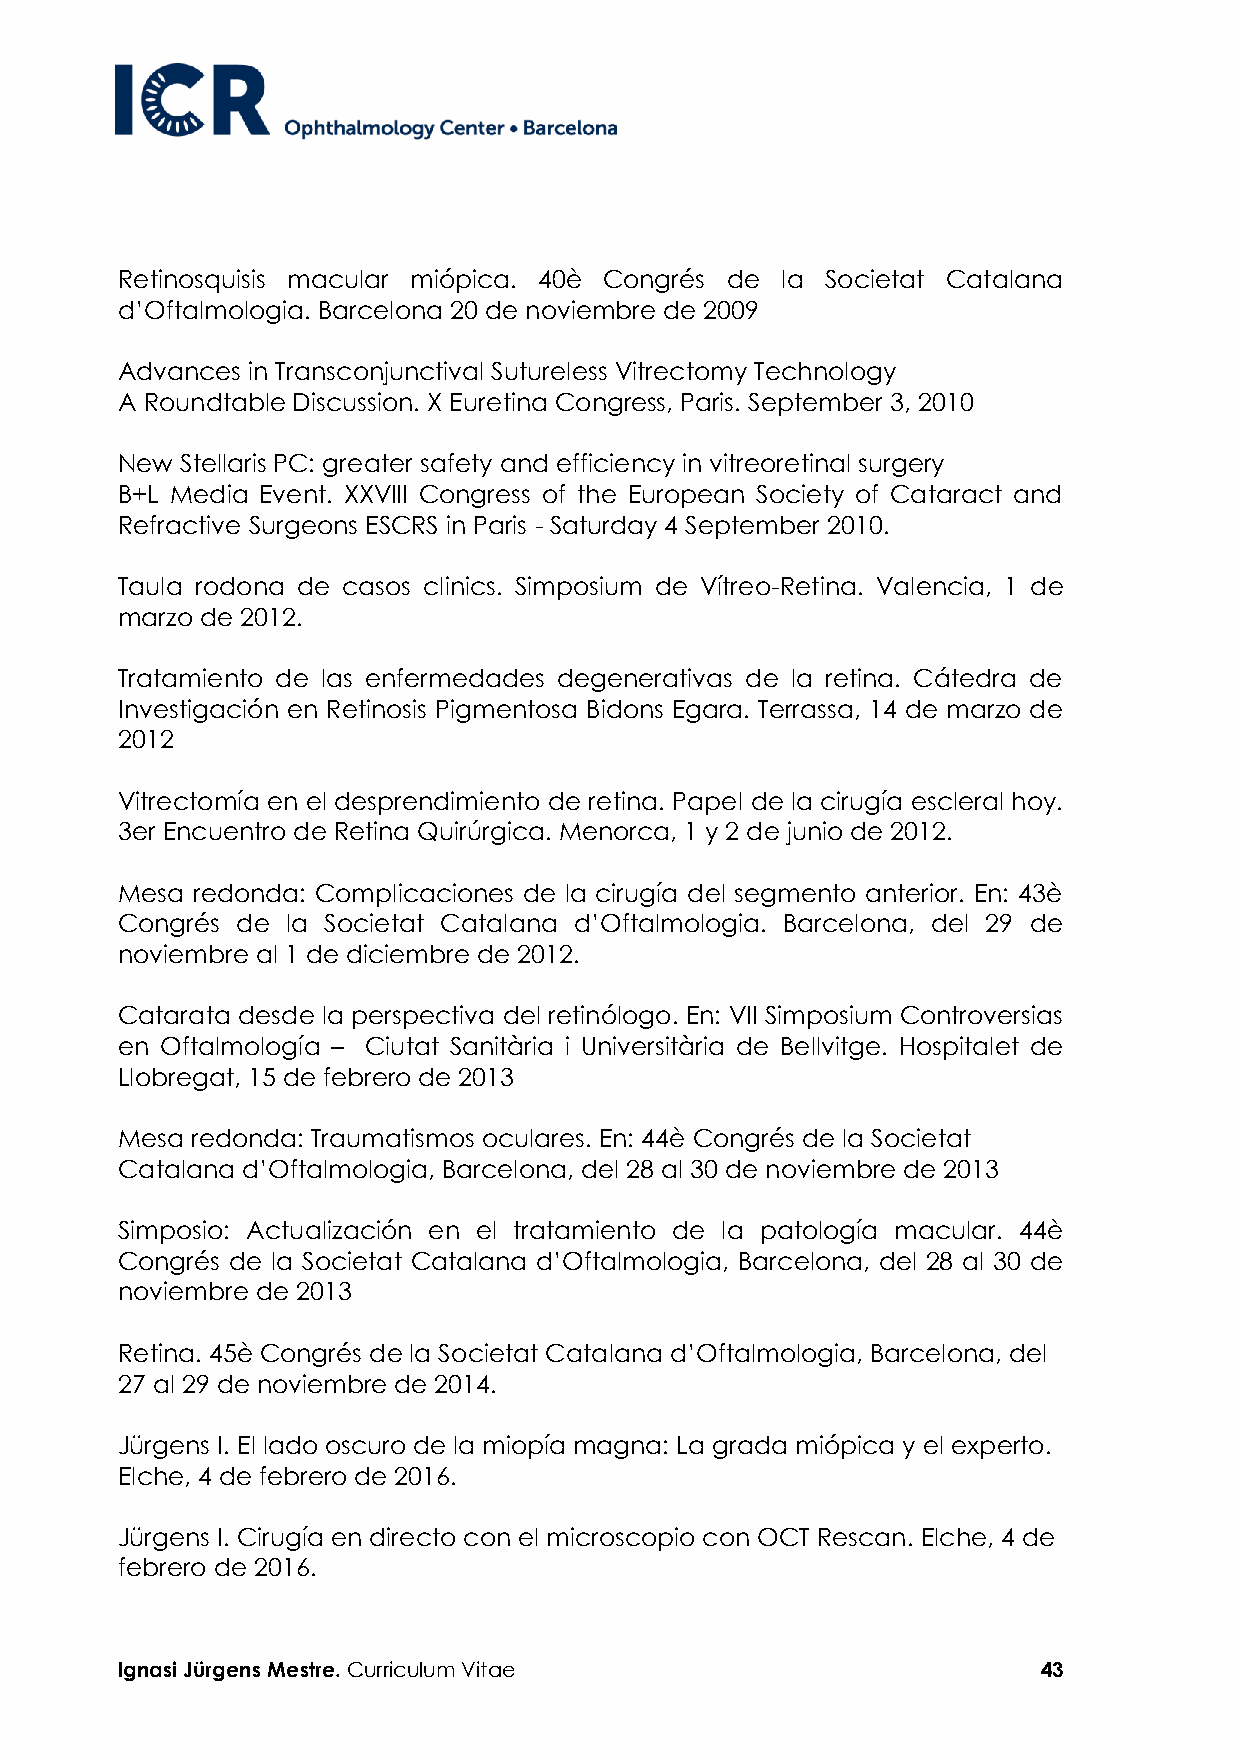
Retinosquisis macular miópica. 40è Congrés de la Societat Catalana
 d’Oftalmologia. Barcelona 20 de noviembre de 2009
 Advances in Transconjunctival Sutureless Vitrectomy Technology
 A Roundtable Discussion. X Euretina Congress, Paris. September 3, 2010
 New Stellaris PC: greater safety and efficiency in vitreoretinal surgery
 B+L Media Event. XXVIII Congress of the European Society of Cataract and
 Refractive Surgeons ESCRS in Paris - Saturday 4 September 2010.
 Taula rodona de casos clinics. Simposium de Vítreo-Retina. Valencia, 1 de
 marzo de 2012.
 Tratamiento de las enfermedades degenerativas de la retina. Cátedra de
 Investigación en Retinosis Pigmentosa Bidons Egara. Terrassa, 14 de marzo de
 2012
 Vitrectomía en el desprendimiento de retina. Papel de la cirugía escleral hoy.
 3er Encuentro de Retina Quirúrgica. Menorca, 1 y 2 de junio de 2012.
 Mesa redonda: Complicaciones de la cirugía del segmento anterior. En: 43è
 Congrés de la Societat Catalana d’Oftalmologia. Barcelona, del 29 de
 noviembre al 1 de diciembre de 2012.
 Catarata desde la perspectiva del retinólogo. En: VII Simposium Controversias
 en Oftalmología – Ciutat Sanitària i Universitària de Bellvitge. Hospitalet de
 Llobregat, 15 de febrero de 2013
 Mesa redonda: Traumatismos oculares. En: 44è Congrés de la Societat
 Catalana d’Oftalmologia, Barcelona, del 28 al 30 de noviembre de 2013
 Simposio: Actualización en el tratamiento de la patología macular. 44è
 Congrés de la Societat Catalana d’Oftalmologia, Barcelona, del 28 al 30 de
 noviembre de 2013
 Retina. 45è Congrés de la Societat Catalana d’Oftalmologia, Barcelona, del
 27 al 29 de noviembre de 2014.
 Jürgens I. El lado oscuro de la miopía magna: La grada miópica y el experto.
 Elche, 4 de febrero de 2016.
 Jürgens I. Cirugía en directo con el microscopio con OCT Rescan. Elche, 4 de
 febrero de 2016.
 Ignasi Jürgens Mestre. Curriculum Vitae                      43